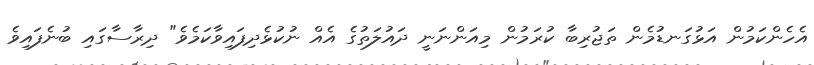
އެހެންކަމުން އަޅުގަނޑުމެން ތަޖުރިިބާ ކުރަމުން މިއަންނަނީ ދައުލަތުގެ އެއް ނުކުޅެދިފައިވާކަމެވެ" ދިރާސާގައި ބުނެފައިވެ